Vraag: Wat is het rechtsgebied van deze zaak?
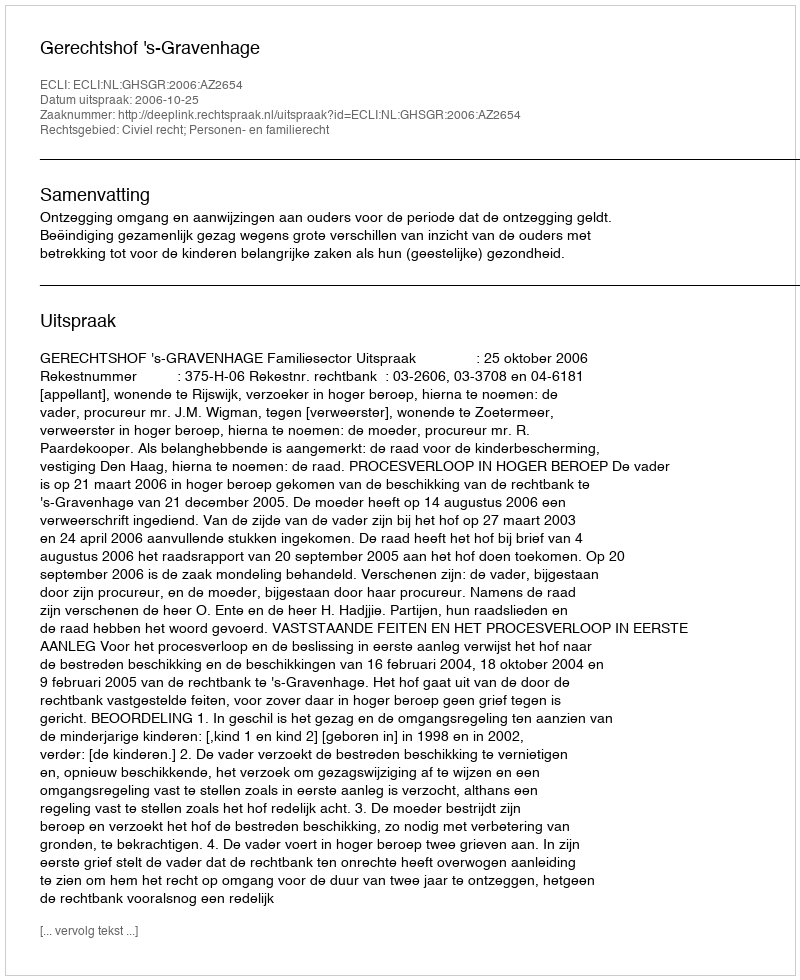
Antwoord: Civiel recht; Personen- en familierecht